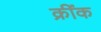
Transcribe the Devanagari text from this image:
क्रींक